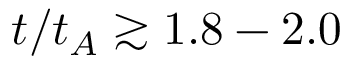
t / t _ { A } \gtrsim 1 . 8 - 2 . 0